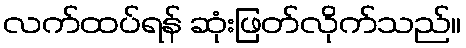
လက်ထပ်ရန် ဆုံးဖြတ်လိုက်သည်။